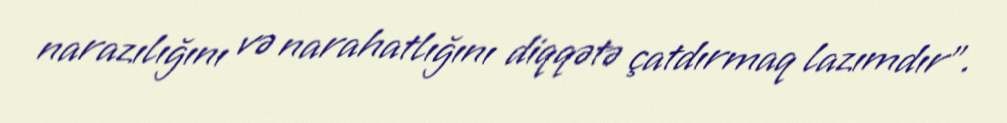
narazılığını və narahatlığını diqqətə çatdırmaq lazımdır".